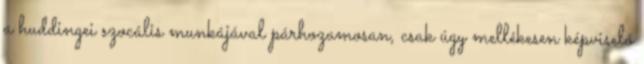
a huddingei szocális munkájával párhozamosan, csak úgy mellékesen képviselő